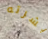
بشرته